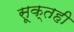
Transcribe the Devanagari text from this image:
सूक्तही